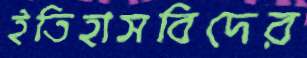
ইতিহাসবিদের